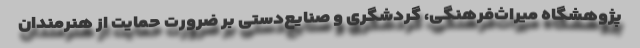
پژوهشگاه میراث‌فرهنگی، گردشگری و صنایع‌دستی بر ضرورت حمایت از هنرمندان